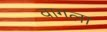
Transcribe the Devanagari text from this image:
वागला